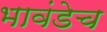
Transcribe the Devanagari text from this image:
भावंडेच